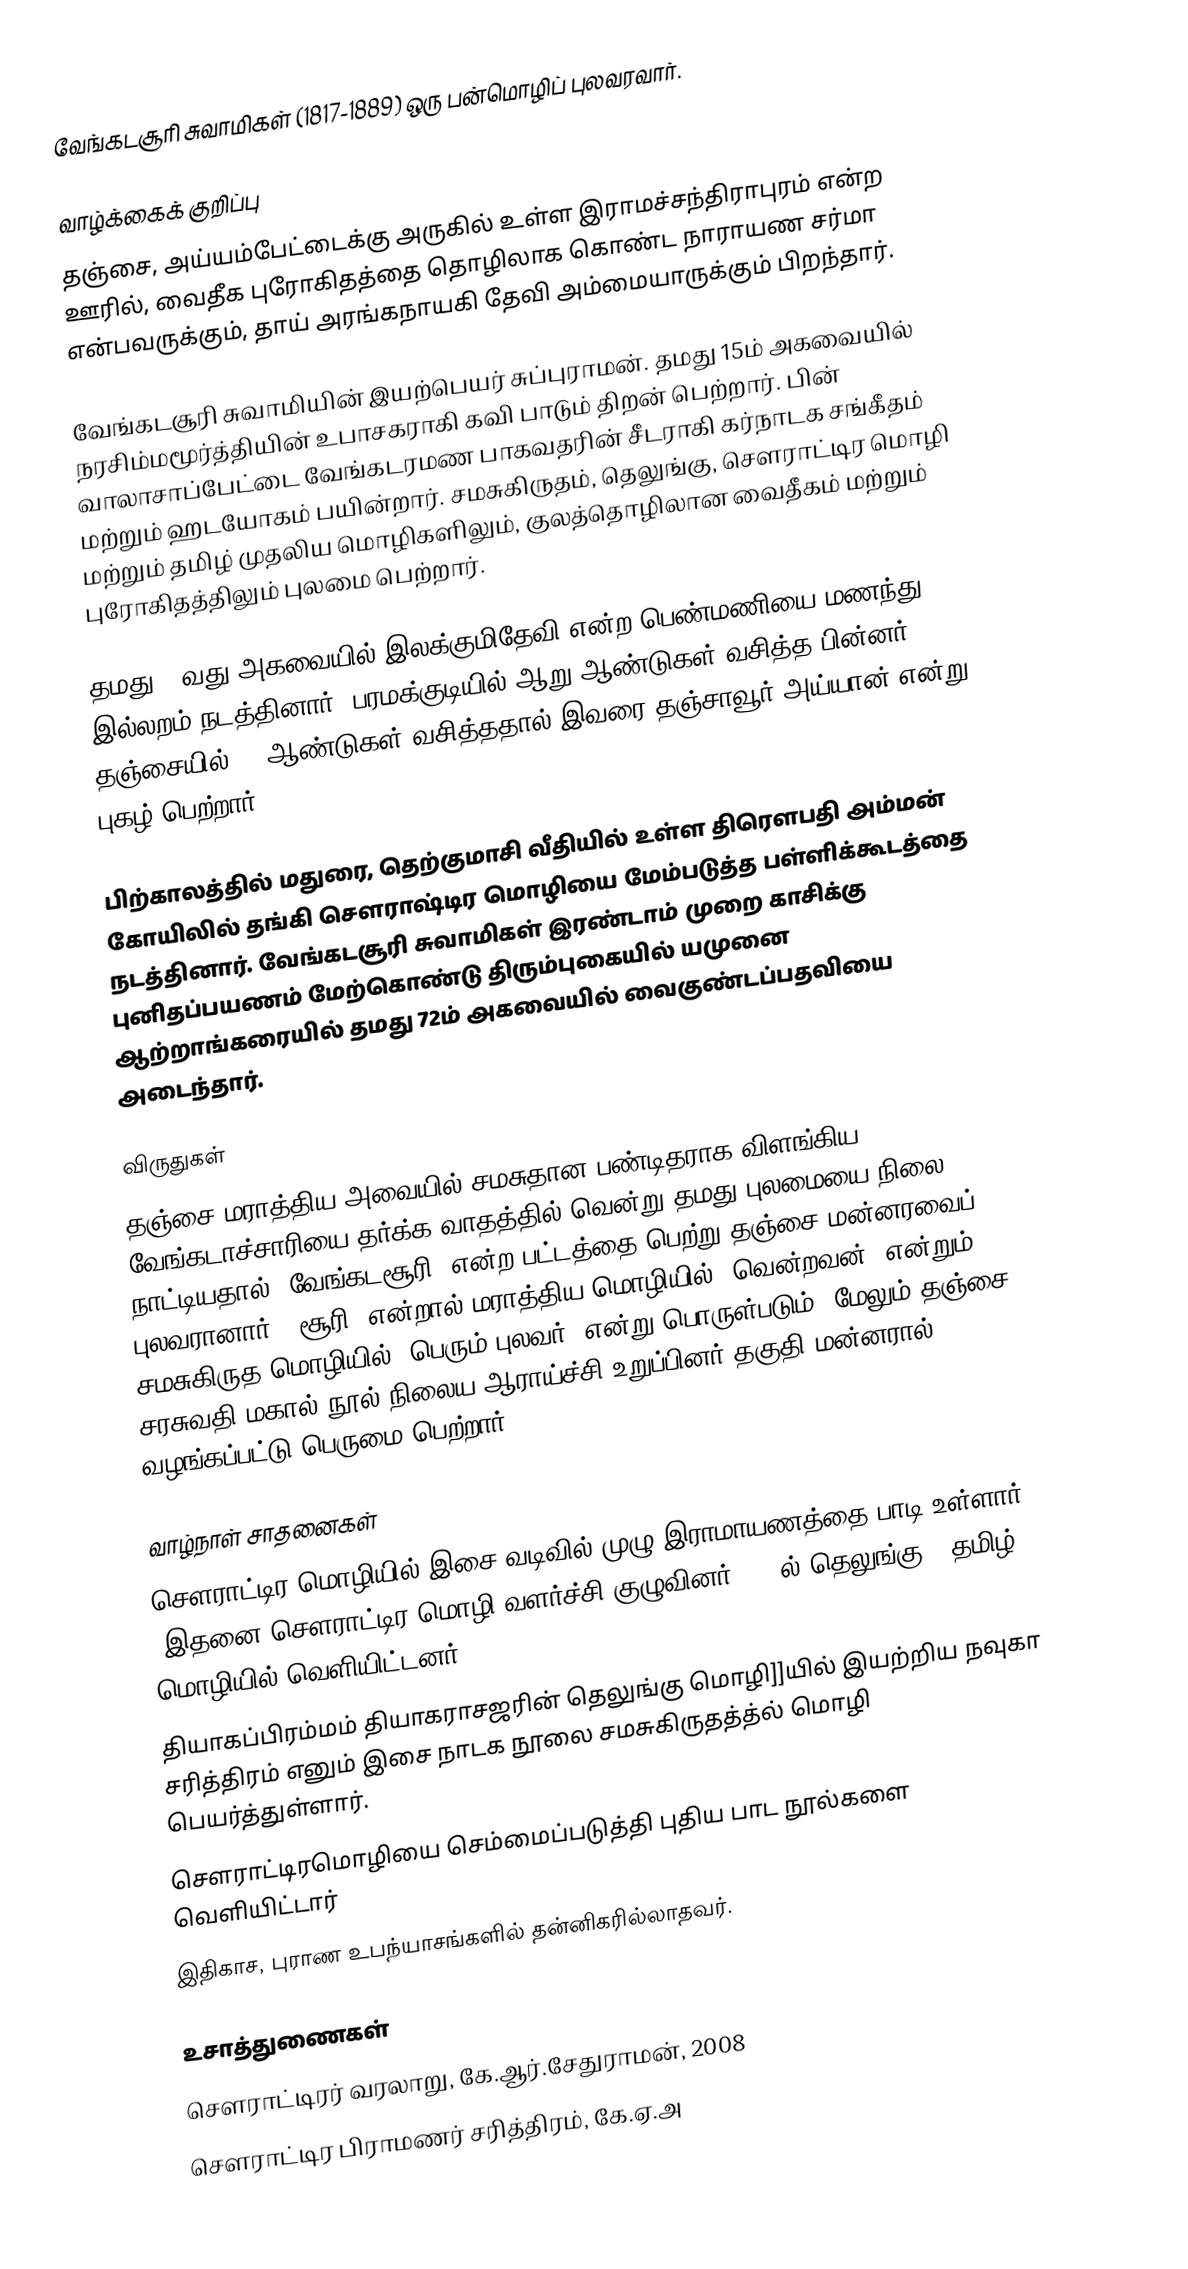
வேங்கடசூரி சுவாமிகள் (1817-1889) ஒரு பன்மொழிப் புலவரவார்.

வாழ்க்கைக் குறிப்பு
தஞ்சை, அய்யம்பேட்டைக்கு அருகில் உள்ள இராமச்சந்திராபுரம் என்ற ஊரில், வைதீக புரோகிதத்தை தொழிலாக கொண்ட நாராயண சர்மா என்பவருக்கும், தாய் அரங்கநாயகி தேவி அம்மையாருக்கும் பிறந்தார்.

வேங்கடசூரி சுவாமியின் இயற்பெயர் சுப்புராமன். தமது 15ம் அகவையில் நரசிம்மமூர்த்தியின் உபாசகராகி கவி பாடும் திறன் பெற்றார். பின் வாலாசாப்பேட்டை வேங்கடரமண பாகவதரின் சீடராகி கர்நாடக சங்கீதம் மற்றும் ஹடயோகம் பயின்றார். சமசுகிருதம், தெலுங்கு, சௌராட்டிர மொழி மற்றும் தமிழ் முதலிய மொழிகளிலும், குலத்தொழிலான வைதீகம் மற்றும் புரோகிதத்திலும் புலமை பெற்றார்.

தமது 21வது அகவையில் இலக்குமிதேவி என்ற பெண்மணியை மணந்து இல்லறம் நடத்தினார். பரமக்குடியில் ஆறு ஆண்டுகள் வசித்த பின்னர் தஞ்சையில் 25 ஆண்டுகள் வசித்ததால் இவரை தஞ்சாவூர் அய்யான் என்று புகழ் பெற்றார்.

பிற்காலத்தில் மதுரை, தெற்குமாசி வீதியில் உள்ள திரெளபதி அம்மன் கோயிலில் தங்கி சௌராஷ்டிர மொழியை மேம்படுத்த பள்ளிக்கூடத்தை நடத்தினார். வேங்கடசூரி சுவாமிகள் இரண்டாம் முறை காசிக்கு புனிதப்பயணம் மேற்கொண்டு திரும்புகையில் யமுனை ஆற்றாங்கரையில் தமது 72ம் அகவையில் வைகுண்டப்பதவியை அடைந்தார்.

விருதுகள்
தஞ்சை மராத்திய அவையில் சமசுதான பண்டிதராக விளங்கிய வேங்கடாச்சாரியை தர்க்க வாதத்தில் வென்று தமது புலமையை நிலை நாட்டியதால் ‘வேங்கடசூரி’ என்ற பட்டத்தை பெற்று தஞ்சை மன்னரவைப் புலவரானார். ”சூரி” என்றால் மராத்திய மொழியில் ”வென்றவன்” என்றும், சமசுகிருத மொழியில் ”பெரும் புலவர்” என்று பொருள்படும். மேலும் தஞ்சை சரசுவதி மகால் நூல் நிலைய ஆராய்ச்சி உறுப்பினர் தகுதி மன்னரால் வழங்கப்பட்டு பெருமை பெற்றார்.

வாழ்நாள் சாதனைகள்
 சௌராட்டிர மொழியில் இசை வடிவில் முழு இராமாயணத்தை பாடி உள்ளார். (இதனை சௌராட்டிர மொழி வளர்ச்சி குழுவினர் 1904ல் தெலுங்கு & தமிழ் மொழியில் வெளியிட்டனர்)
 தியாகப்பிரம்மம் தியாகராசஜரின் தெலுங்கு மொழி]]யில் இயற்றிய நவுகா சரித்திரம் எனும் இசை நாடக நூலை  சமசுகிருதத்த்ல் மொழி பெயர்த்துள்ளார்.
 சௌராட்டிரமொழியை செம்மைப்படுத்தி புதிய பாட நூல்களை வெளியிட்டார்
 இதிகாச, புராண உபந்யாசங்களில் தன்னிகரில்லாதவர்.

உசாத்துணைகள்
 சௌராட்டிரர் வரலாறு, கே.ஆர்.சேதுராமன், 2008
 சௌராட்டிர பிராமணர் சரித்திரம், கே.ஏ.அ